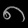
Digit: ၈